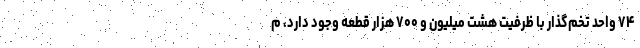
۷۴ واحد تخم‌گذار با ظرفیت هشت میلیون و ۷۰۰ هزار قطعه وجود دارد، م